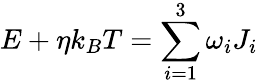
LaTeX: E+\eta k_{B}T=\sum_{i=1}^{3}\omega_{i}J_{i}